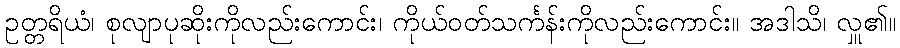
ဥတ္တရိယံ၊ စုလျာပုဆိုးကိုလည်းကောင်း၊ ကိုယ်ဝတ်သင်္ကန်းကိုလည်းကောင်း။ အဒါသိ၊ လှူ၏။